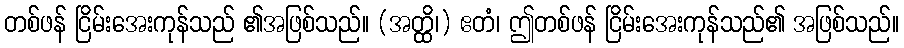
တစ်ဖန် ငြိမ်းအေးကုန်သည် ၏အဖြစ်သည်။ (အတ္ထိ၊) ဧတံ၊ ဤတစ်ဖန် ငြိမ်းအေးကုန်သည်၏ အဖြစ်သည်။